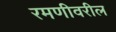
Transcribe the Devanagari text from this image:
रमणीवरील